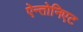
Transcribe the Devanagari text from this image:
ऐन्तोनिएट